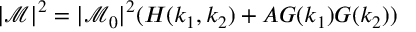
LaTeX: | \mathcal { M } | ^ { 2 } = | \mathcal { M } _ { 0 } | ^ { 2 } ( H ( k _ { 1 } , k _ { 2 } ) + A G ( k _ { 1 } ) G ( k _ { 2 } ) )